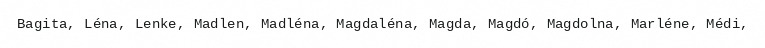
Bagita, Léna, Lenke, Madlen, Madléna, Magdaléna, Magda, Magdó, Magdolna, Marléne, Médi,